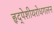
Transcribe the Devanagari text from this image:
हृद्‌पेशीयरोधगलन